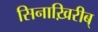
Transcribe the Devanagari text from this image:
सिनाख़िरीब्